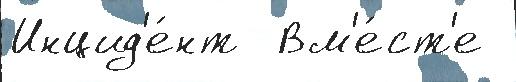
Инцид'е́нт  Вм'е́ст'е